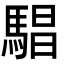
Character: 䮖